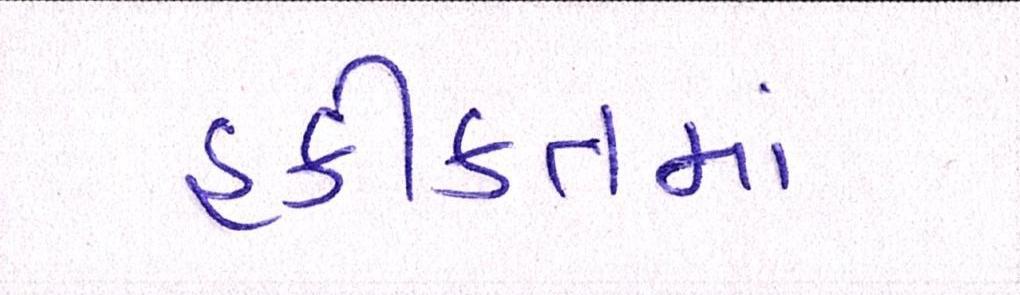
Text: હકીકતમાં